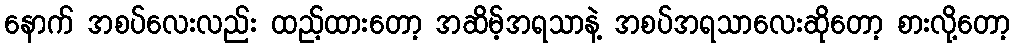
နောက် အစပ်လေးလည်း ထည့်ထားတော့ အဆိမ့်အရသာနဲ့ အစပ်အရသာလေးဆိုတော့ စားလို့တော့